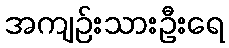
အကျဉ်းသားဦးရေ